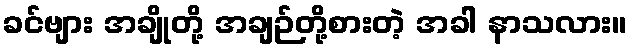
ခင်ဗျား အချိုတို့ အချဉ်တို့စားတဲ့ အခါ နာသလား။